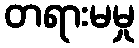
တရားမမှု